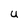
Character: U